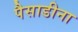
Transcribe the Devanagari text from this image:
पैसाडीना